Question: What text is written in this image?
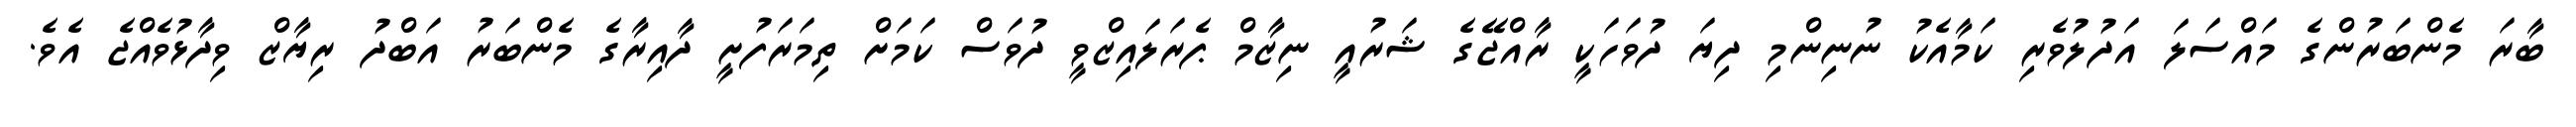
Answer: ބާރަ މެންބަރުންގެ މައްސަލަ އަދުލުވެރި ކަމާއެކު ނުނިންމި ދިޔަ ދުވަހަކީ ރާއްޖޭގެ ޝަރުއީ ނިޒާމް ޕެރަލައިޒްވީ ދުވަސް ކަމަށް ތިމަރަފުށީ ދާއިރާގެ މެންބަރު އަބްދު ރިޔާޒް ވިދާޅުވެއްޖެ އެވެ.